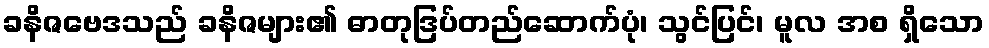
ခနိဇဗေဒသည် ခနိဇများ၏ ဓာတုဒြပ်တည်ဆောက်ပုံ၊ သွင်ပြင်၊ မူလ အစ ရှိသော